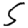
Digit: 5